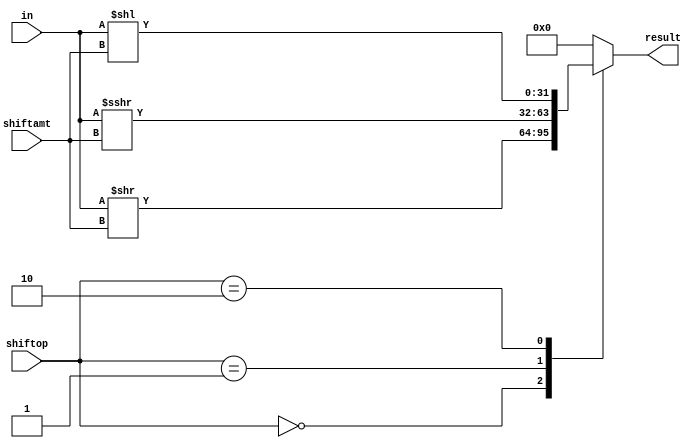
module Shifter(
	input [31:0] in,
	input [1:0] shiftop,
	input [4:0] shiftamt,
	output reg [31:0] result
);
	always @(in or shiftamt or shiftop)
			begin
				case(shiftop)
					2'b00 : result <= in >> shiftamt;
					2'b01 : result <= in >>> shiftamt;
					2'b10 : result <= in << shiftamt;
					default : result <= 32'b0;
				endcase
			end
endmodule